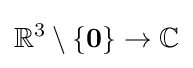
\mathbb {R} ^{3}\setminus \{\mathbf {0} \}\to \mathbb {C}